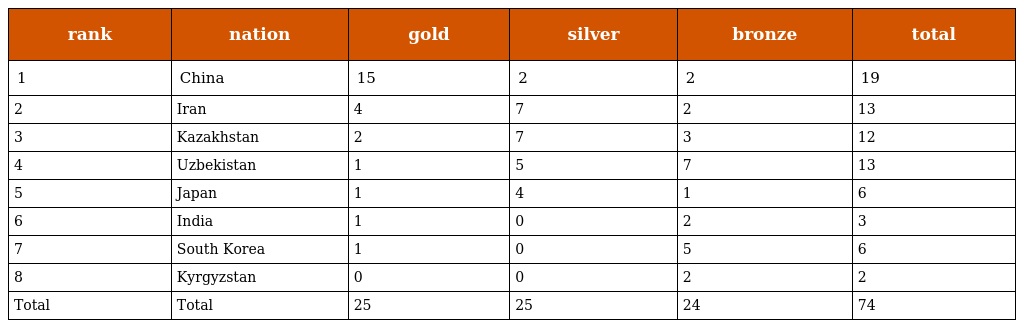
| rank | nation | gold | silver | bronze | total |
 | --- | --- | --- | --- | --- | --- |
 | 1 | China | 15 | 2 | 2 | 19 |
 | 2 | Iran | 4 | 7 | 2 | 13 |
 | 3 | Kazakhstan | 2 | 7 | 3 | 12 |
 | 4 | Uzbekistan | 1 | 5 | 7 | 13 |
 | 5 | Japan | 1 | 4 | 1 | 6 |
 | 6 | India | 1 | 0 | 2 | 3 |
 | 7 | South Korea | 1 | 0 | 5 | 6 |
 | 8 | Kyrgyzstan | 0 | 0 | 2 | 2 |
 | Total | Total | 25 | 25 | 24 | 74 |